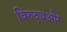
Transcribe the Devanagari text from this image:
विरुद्धऔर